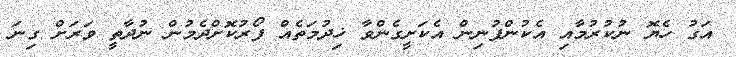
އަގު ހެޔޮ ނުކުރުމާއި އެކުންފުނިން އެކަށީގެންވާ ޚިދުމަތެއް ފޯރުކޮށްދެމުން ނުދާތީ ވަރަށް ގިނަ